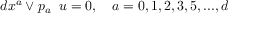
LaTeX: d x ^ { a } \vee p _ { a } \; \; u = 0 , \quad a = 0 , 1 , 2 , 3 , 5 , . . . , d